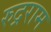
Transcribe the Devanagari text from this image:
रुद्रराम